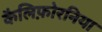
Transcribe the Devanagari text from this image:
कैलिफ़ोरनिया